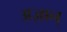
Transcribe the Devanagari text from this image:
अज़ान्